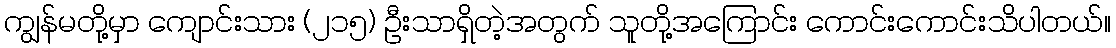
ကျွန်မတို့မှာ ကျောင်းသား (၂၁၅) ဦးသာရှိတဲ့အတွက် သူတို့အကြောင်း ကောင်းကောင်းသိပါတယ်။